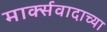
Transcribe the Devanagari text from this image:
मार्क्सवादाच्या